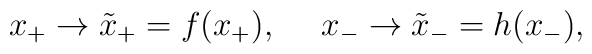
x_+ \rightarrow {\tilde x}_+ = f (x_+),{}~~~~x_- \rightarrow {\tilde x}_- = h (x_-),